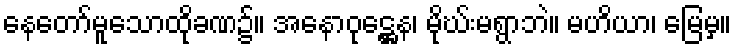
နေတော်မူသောထိုခဏ၌။ အနောဝုဋ္ဌေန၊ မိုဃ်းမရွာဘဲ။ မဟိယာ၊ မြေမှ။